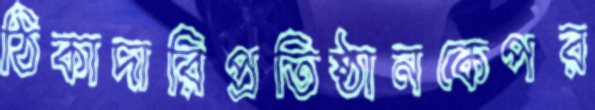
ঠিকাদারিপ্রতিষ্ঠানকেপর